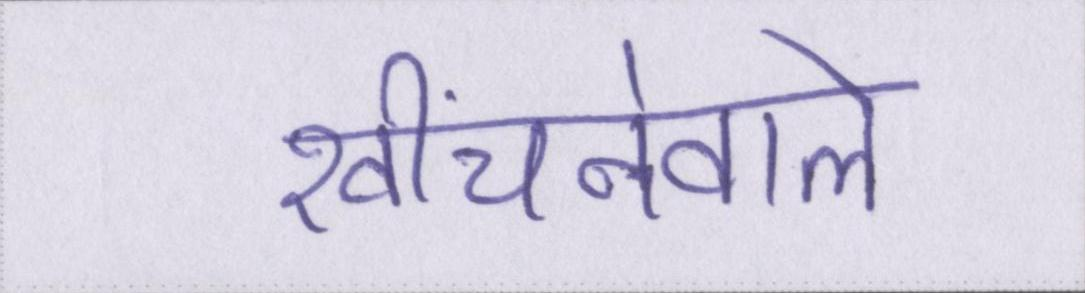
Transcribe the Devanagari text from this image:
खींचनेवाले